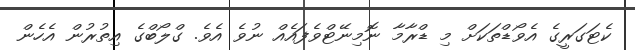
ކެޓަގަރީގެ އެވޯޑްތަކަށް މި ޑްރާމާ ނޮމިނޭޓްވެފައެއް ނުވެ އެވެ. ގްލޯބްގެ އިތުރުން އެހެން